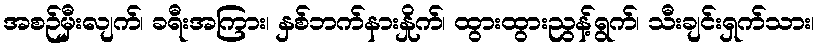
အစဉ်မှီးလျက်၊ ခရီးအကြား၊ နှစ်ဘက်နားနှိုက်၊ ထွားထွားညွန့်ရွက်၊ သီးချင်းရှက်သား၊